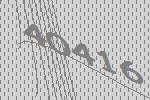
40416